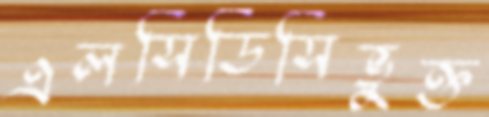
এলসিডিসিভুক্ত